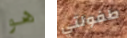
هو طفولتي